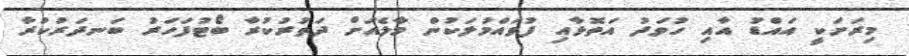
މިރަށަކީ އައްޑު އާއި ހުވަދު އަތޮޅާއި ފުވައްމުލަކުން މާލެއަށް ދަތުރުކުރާ ބޯޓުފަހަރު ބަނދަރުކުރާ